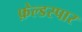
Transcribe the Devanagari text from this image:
फ़ेल्डस्पार